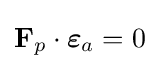
\mathbf {F} _{p}\cdot {\boldsymbol {\varepsilon }}_{a}=0